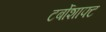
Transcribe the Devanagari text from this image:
टर्बोशाफ्ट